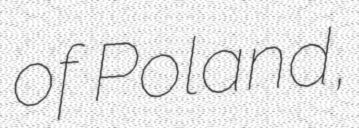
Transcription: of Poland,